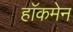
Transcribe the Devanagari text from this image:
हाॅकमेन